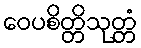
ဝေပစိတ္တိသုတ္တံ